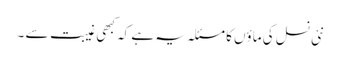
نئی نسل کی ماؤں کا مسئلہ یہ ہے کہ کبھی غیبت سے ۔